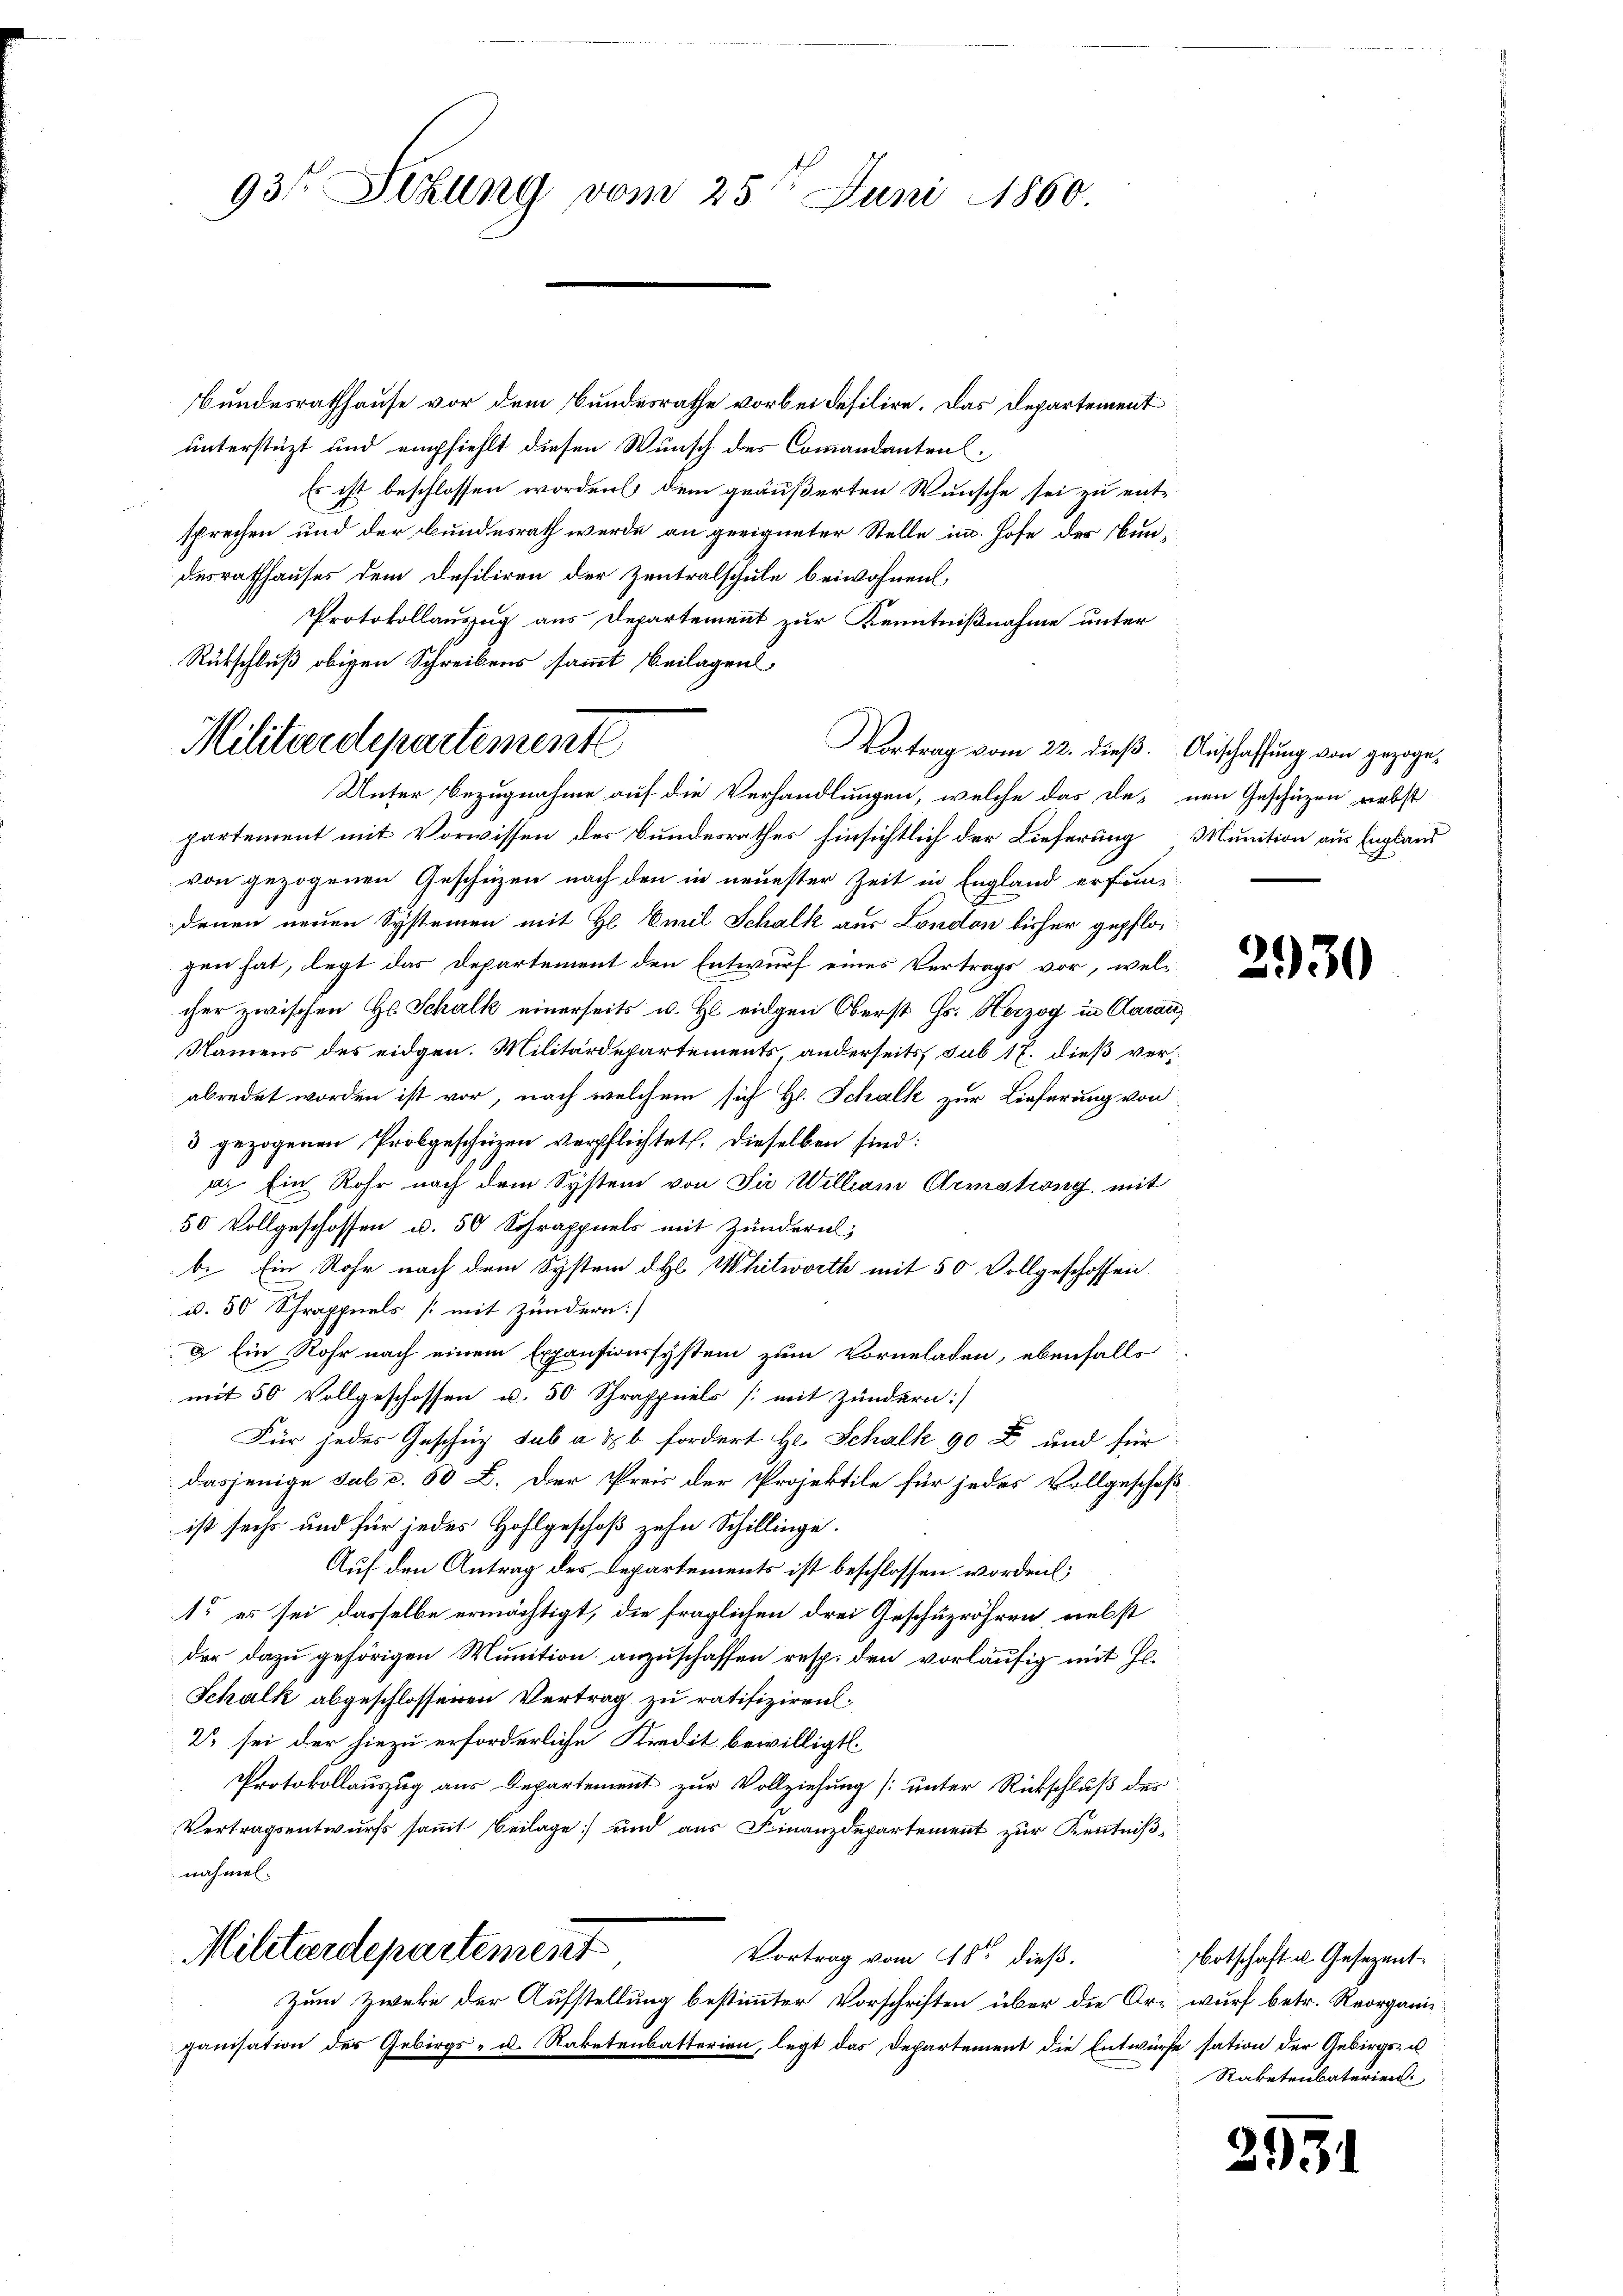
93t Sekung vom 25t Juni 1860.

Rükschluß obigen Schreibens sammt Beilagens,
Militärdepartemente

Bundesrathhause vor dem Bundesrathe vorbei defilire. Das Departement
unterstüzt und empfiehlt diesen Wunsch des Commandanten
Es ist beschlossen worden dem geäußerten Wunsche sei zu ent-
sprechen und der Bundesrath werde an geeigneter Stelle im Hofe der undesrathhauses dem Defiliren der Zentralschule beiwohnen,
Protokollauszug aus Departement zur Kenntnißnahme unter
Vortrag vom 22. dieß. Anschaffung von gezoge¬
Unter Bezugnahme auf die Verhandlungen, welche das denen Geschäzen nebst
partement mit Vorwissen des Bundesrathes hinsichtlich der Lieferung Munition aus England
von gezogenen Geschüzen nach den in neuester Zeit in England erfundenen neuen Systemen mit H. Emil Schalk aus London bisher gepflos
gen hat, legt das Departement den Entwurf eines Vertrags vor, welcher zwischen H. Schalk einerseits u. H. eigen Oberst Js. Herzog in Aarau
Namens des eidgen. Militärdepartements, anderseits, sub 17. dieß verabredet worden ist vor, nach welchem sich Hr. Schalk zur Lieferung von
5 gezogenen Probgeschäzen verpflichtet. Dieselben sind:
a. Ein Rohr nach dem System von Sie William Armstreng mit
50 Vollgeschossen u. 50 Schrappuels mit Zundern;
b. Ein Rohr nach dem System dh Whitworth mit 50 Vollgeschossen
u. 50 Strappuels [mit Zundern:
2 Ein Rohr nach einem Expensionssystem zum Vormeladen, ebenfalls
mit 50 Vollgeschossen u. 50 Schrafpuels [mit Zundern:
Für jedes Geschüz sub a & b fordert Hr. Schalk 90 F und für
dasjenige sub c. 50 D. Der Preis der Projektile für jedes Vollgeschoß
ist sechs und für jedes Hohlgeschoß zehn Schillinge.
Auf den Antrag des Departements ist beschlossen worden;
1. es sei dasselbe ermächtigt, die fraglichen drei Geschuzröhren nebst
der dazu gehörigen Munition anzuschaffen resp. den vorläufig mit Hl.
Schalk abgeschlossenen Vertrag zu ratifiziren¬
2 sei der hiezu erforderliche Kredit bewilligt.
Protokollauszug aus Departement zur Vollziehung [unter Rückschluß des
Vertragsentwurfs sammt Beilage und aus Finanzdepartement zur Kenntniß
nahmen.
Militärdepartement
Vortrag vom 18ten dieß.

Zum Zweke der Aufstellung bestimmter Vorschriften über die Ard
ganisation der Gebirgs- u. Raketenbatterien, legt das Departement die Entwür¬

2930

botschaft u. Gesezent
wurf betr. Reorganirse sation der Gebirgs- u
Raketenbaterien.

2951